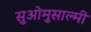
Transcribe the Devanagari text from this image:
सुओमुसाल्मी